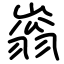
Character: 嵡